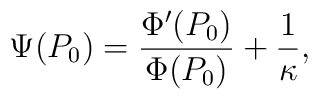
\Psi(P_0) = \frac{\Phi'(P_0)}{\Phi(P_0)} + \frac1\kappa,